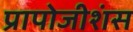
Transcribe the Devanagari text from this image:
प्रापोजीशंस